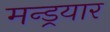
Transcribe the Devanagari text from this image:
मन्ड्रयार